Lunatic asylums in Bengal annual reports 1912-1924 - 1912-1924
Year: 1912
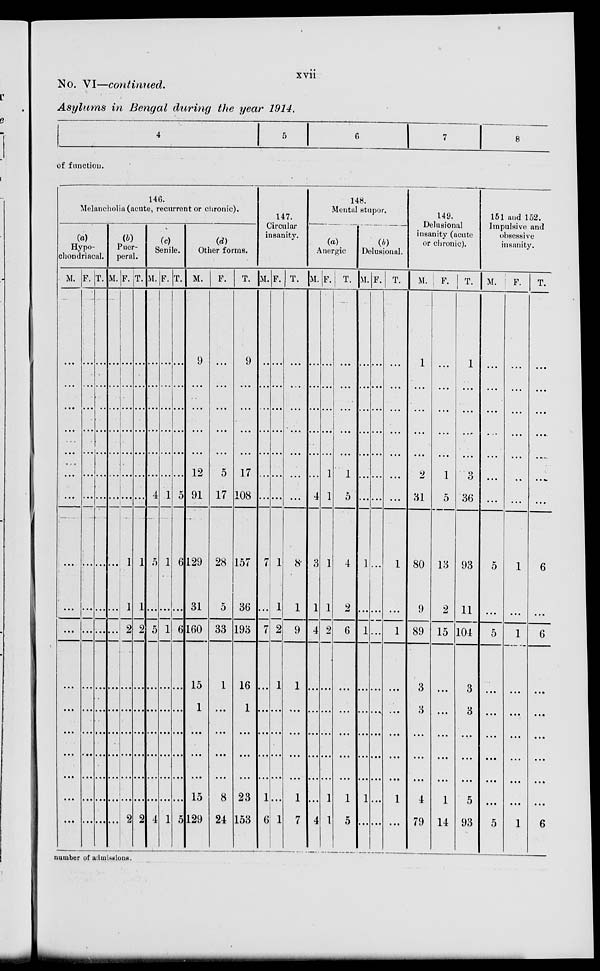
xvii
No. VI—continued.
Asylums in Bengal during the year 1914.
4
5
6
7
8
of function.
146.
Melancholia (acute, recurrent or chronic).
(a)
Hypo-
chondriacal.
M.
...
...
...
...
...
...
...
...
...
...
...
...
...
...
...
...
...
F.
...
...
...
...
...
...
...
...
...
...
...
...
...
...
...
...
...
T.
...
...
...
...
...
...
...
...
...
...
...
...
...
...
...
...
...
(b)
Puer-
peral.
M.
...
...
...
...
...
...
...
...
...
...
...
...
...
...
...
...
...
F.
...
...
...
...
...
...
...
1
1
2
...
...
...
...
...
...
2
T.
...
...
...
...
...
...
...
1
1
2
...
...
...
...
...
...
2
(c)
Senile.
M.
...
...
...
...
...
...
4
5
...
5
...
...
...
...
...
...
4
F.
...
...
...
...
...
...
1
1
...
1
...
...
...
...
...
...
1
T.
...
...
...
...
...
...
5
6
...
6
...
...
...
...
...
...
5
(d)
Other forms.
M.
9
...
...
...
...
12
91
129
31
160
15
1
...
...
...
15
129
F.
...
...
...
...
...
5
17
28
5
33
1
...
...
...
...
8
24
T.
9
...
...
...
...
17
108
157
36
193
16
1
...
...
...
23
153
147.
Circular
insanity.
M.
...
...
...
...
...
...
...
7
...
7
...
...
...
...
...
1
6
F.
...
...
...
...
...
...
...
1
1
2
1
...
...
...
...
...
1
T.
...
...
...
...
...
...
...
8
1
9
1
...
...
...
...
1
7
148.
Mental stupor.
(a)
Anergic
M.
...
...
...
...
...
...
4
3
1
4
...
...
...
...
...
...
4
F.
...
...
...
...
...
1
1
1
1
2
...
...
...
...
...
1
1
T.
...
...
...
...
...
1
5
4
2
6
...
...
...
...
...
1
5
(b)
Delusional.
M.
...
...
...
...
...
...
...
1
...
1
...
...
...
...
...
1
...
F.
...
...
...
...
...
...
...
...
...
...
...
...
...
...
...
...
...
T.
...
...
...
...
...
...
...
1
...
1
...
...
...
...
...
1
...
149.
Delusional
insanity (acute
or chronic).
M.
1
...
...
...
...
2
31
80
9
89
3
3
...
...
...
4
79
F.
...
...
...
...
...
1
5
13
2
15
...
...
...
...
...
1
14
T.
1
...
...
...
...
3
36
93
11
104
3
3
...
...
...
5
93
151 and 152.
Impulsive and
obsessive
insanity.
M.
...
...
...
...
...
...
...
5
...
5
...
...
...
...
...
...
5
F.
...
...
...
...
...
...
...
1
...
1
...
...
...
...
...
...
1
T.
...
...
...
...
...
...
...
6
...
6
...
...
...
...
...
...
6
number of admissions.